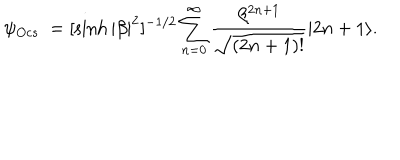
LaTeX: \psi _ { O c s } \ = [ \sinh { | \beta | ^ { 2 } } ] ^ { - 1 / 2 } \sum _ { n = 0 } ^ { \infty } \frac { \beta ^ { 2 n + 1 } } { \sqrt { ( 2 n + 1 ) ! } } | 2 n + 1 \rangle .